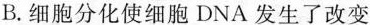
B.细胞分化使细胞DNA发生了改变